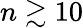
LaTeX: n\gtrsim 10